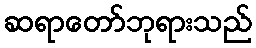
ဆရာတော်ဘုရားသည်